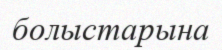
болыстарына